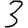
Digit: 3